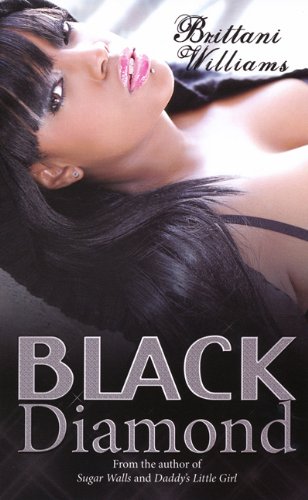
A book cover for Black Diamond; Brittani Williams; Literature & Fiction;